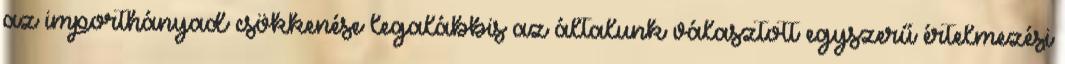
az importhányad csökkenése legalábbis az általunk választott egyszerű értelmezési